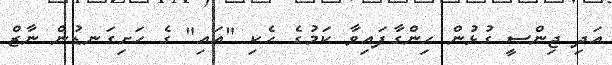
އަދި ޖިންސީ ގުޅުން ހިންގާފައިވާ ކަމުގެ ހެކި "އައި" ގެ ހަށިގަނޑުން ނާޒް